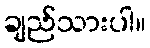
ချည်သားပါ။